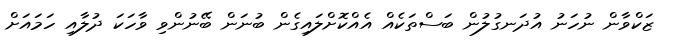
ޒަކްވާން ނުހަނު އުދަނގުލުން ބަސްތަކެއް އެއްކޮށްލައިގެން ބުނަން ބޭނުންވި ވާހަކަ ދުލާއި ހަމައަށް